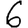
Digit: 6